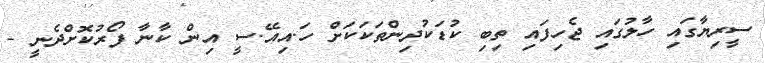
ސީރިޔާގައި ހާލުގައި ޖެހިފައި ތިބި ކުޑަކުދިންތަކަކަށް ހަ.އިއޭ.ސީ އިން ކާނާ ފޯރުކޮށްދެނީ -